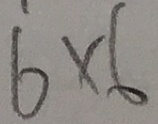
6 \times 6